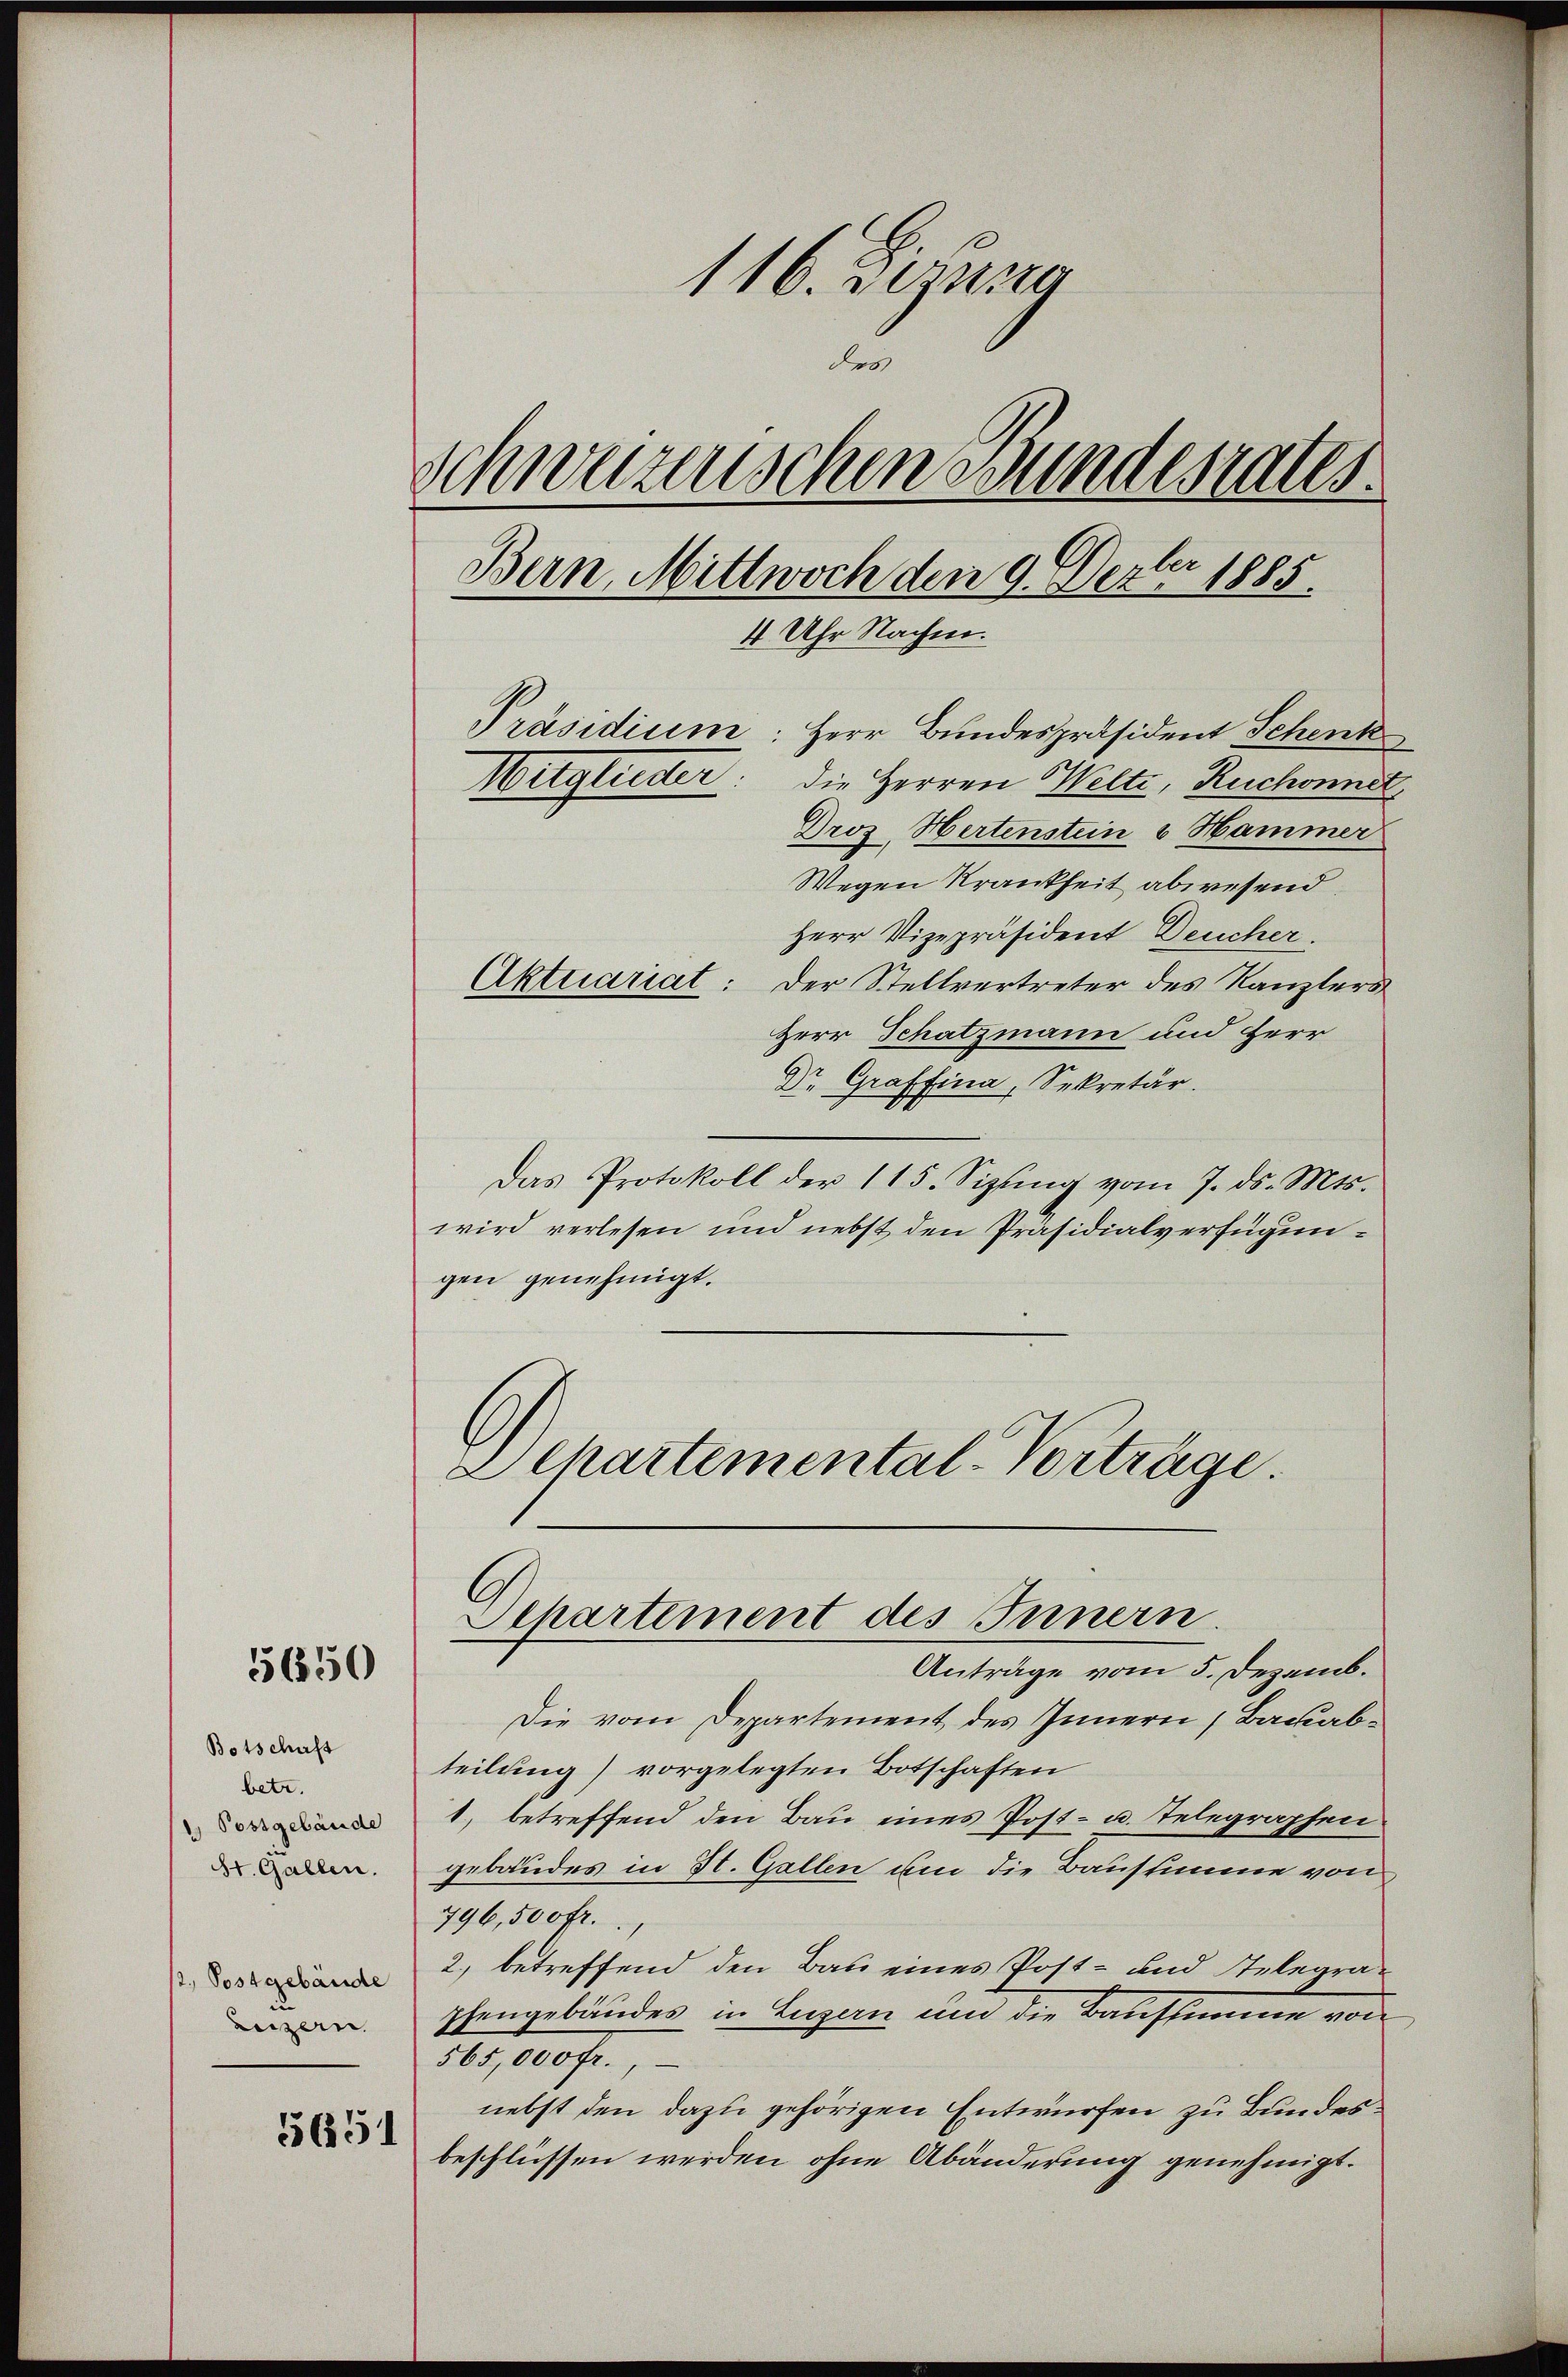
5650

Botschaft
betr.
1. Postgebäude
St. Gallen.
12., Postgebäude
Luzern

5651

116. Bezug
des
Schwerenischen Bundesrates.
Bern, Mittwoch den 9. Dezbr 1885.
4 Uhr Nachm.
Präsidium: Herr Bundespräsident Schenk
Witglieder: die Herren Welti, Ruchonnet,
Droz. Hertenstein u Hammer

Wegen Krankheit abwesend
Herr Vizepräsident Deucher.
Aktuariat: Der Stellvertreter des Kanzlers
Herr Schatzmann und Herr
Dr. Graffina, Sekretär.
Das Protokoll der 115. Sizŭng vom 7. ds. Mts.
wird verlesen und nebst den Präsidialverfügungen genehmigt.
2 Chartemental-Vorträge.

Departement des Innern

Anträge vom 5. Dezemb.
Die vom Departement des Innern (Backabteilung) vorgelegten Botschaften
1, betreffend den Bau eines Post- u. Telegraphen
gebäudes in St. Gallen um die Baustimme von
796,500 fr.
2) betreffend den Bau eines Post- und Telegraphengebäudes in Luzern und die Baustimme
565,000 fr.,
nebst den dazu gehörigen Entwürfen zu Bundesbeschlüssen werden ohne Abänderung genehmigt.